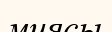
миясы